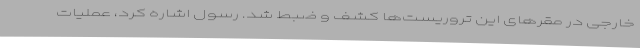
خارجی در مقرهای این تروریست‌ها کشف و ضبط شد. رسول اشاره کرد، عملیات